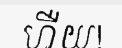
ហឺយ!